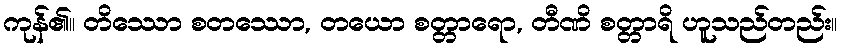
ကုန်၏။ တိဿော စတဿော, တယော စတ္တာရော, တီဏိ စတ္တာရိ ဟူသည်တည်း။